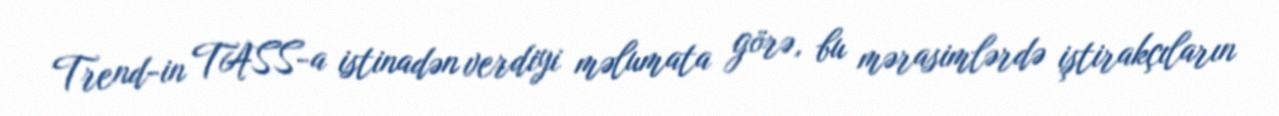
Trend-in TASS-a istinadən verdiyi məlumata görə, bu mərasimlərdə iştirakçıların